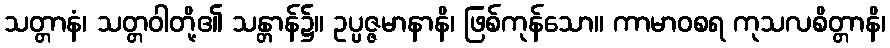
သတ္တာနံ၊ သတ္တဝါတို့၏ သန္တာန်၌။ ဥပ္ပဇ္ဇမာနာနိ၊ ဖြစ်ကုန်သော။ ကာမာဝစရ ကုသလစိတ္တာနိ၊